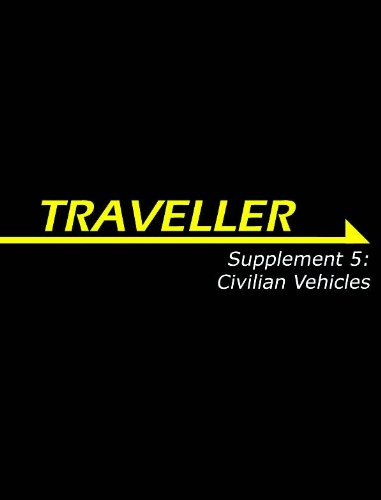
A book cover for Traveller Supplement 5: Civilian Vehicles (Traveller Sci-Fi Roleplaying); Simon Beal; Science Fiction & Fantasy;